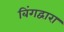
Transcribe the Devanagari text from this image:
बिंगद्वारा